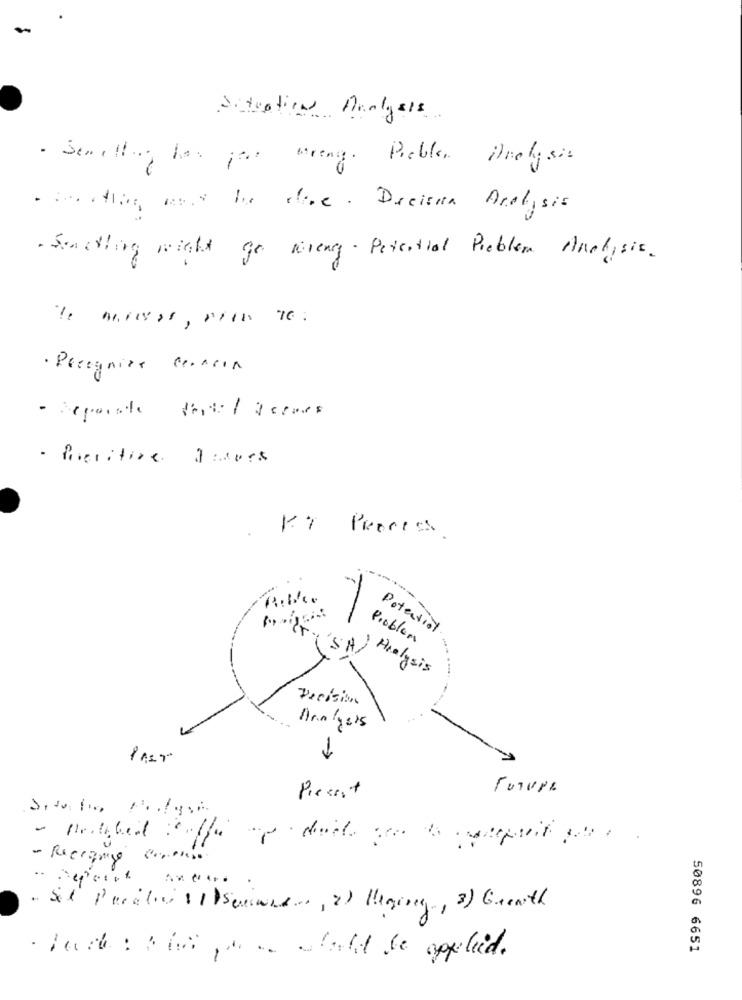
Situations Analysis
. Something has gone wrong. Proble, Anolysis
thing est be dire. Decista Analysis
· Strotting might go aring. Potential Problem Analysis.
· Recognize cencia
KY Process
Potential
Problem
'SA
Analysis
. ...
Decision
Analysis
Pressit
Future
. Sit Paralos 11 suivre ..., 2) leging, 3) Guenth
50896 6651
· tech : box para alatt be applied.